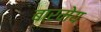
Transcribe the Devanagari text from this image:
बारमेय